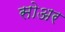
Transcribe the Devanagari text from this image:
सोअर